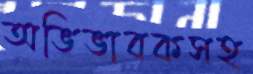
অভিভাবকসহ